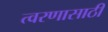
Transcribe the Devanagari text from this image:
त्वरणासाठी